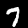
Digit: 7